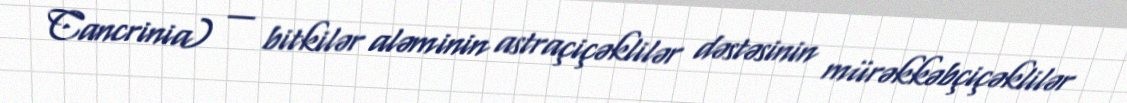
Cancrinia) — bitkilər aləminin astraçiçəklilər dəstəsinin mürəkkəbçiçəklilər